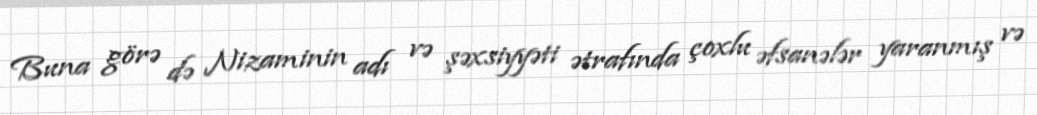
Buna görə də Nizaminin adı və şəxsiyyəti ətrafında çoxlu əfsanələr yaranmış və